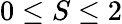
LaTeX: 0\le S\le 2